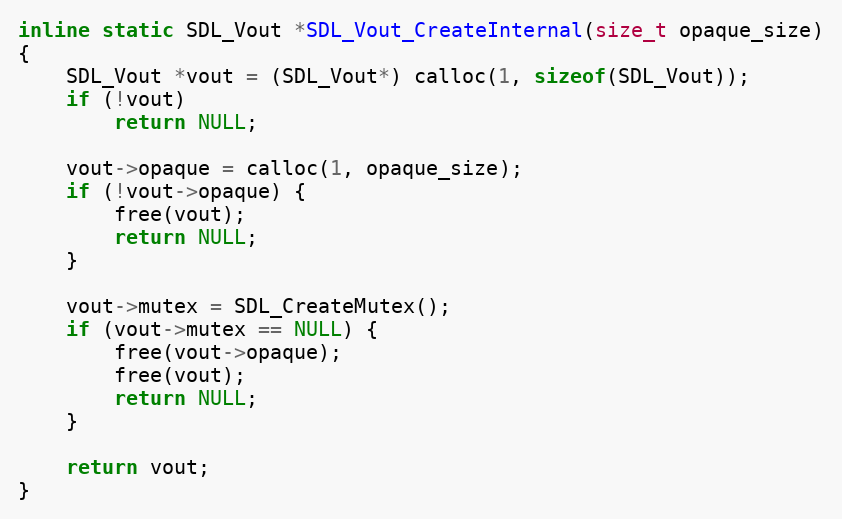
Language: C
inline static SDL_Vout *SDL_Vout_CreateInternal(size_t opaque_size)
{
    SDL_Vout *vout = (SDL_Vout*) calloc(1, sizeof(SDL_Vout));
    if (!vout)
        return NULL;

    vout->opaque = calloc(1, opaque_size);
    if (!vout->opaque) {
        free(vout);
        return NULL;
    }

    vout->mutex = SDL_CreateMutex();
    if (vout->mutex == NULL) {
        free(vout->opaque);
        free(vout);
        return NULL;
    }

    return vout;
}